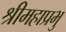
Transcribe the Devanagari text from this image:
श्रीमहाप्रभु